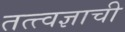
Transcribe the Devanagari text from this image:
तत्त्वज्ञाची